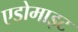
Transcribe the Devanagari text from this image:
एडोमाइट